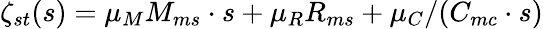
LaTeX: \zeta_{st}(s)=\mu_{M}M_{ms}\cdot s+\mu_{R}R_{ms}+\mu_{C}/(C_{mc}\cdot s)